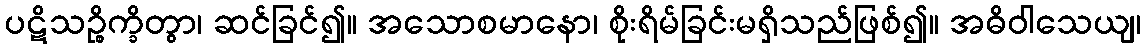
ပဋိသဉ္စိက္ခိတွာ၊ ဆင်ခြင်၍။ အသောစမာနော၊ စိုးရိမ်ခြင်းမရှိသည်ဖြစ်၍။ အဓိဝါသေယျ၊